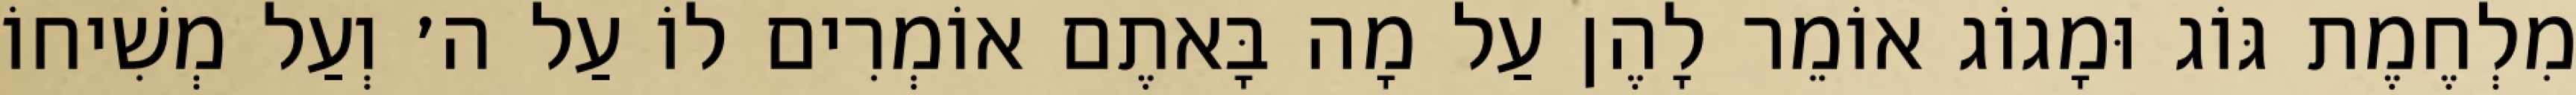
מִלְחֶמֶת גּוֹג וּמָגוֹג אוֹמֵר לָהֶן עַל מָה בָּאתֶם אוֹמְרִים לוֹ עַל ה׳ וְעַל מְשִׁיחוֹ